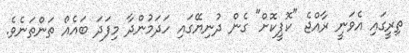
ތިރީގައި އެވަނީ ރާއްޖެ "ކޮޕީކޮށް" ގެން ދުނިޔޭގައި ހަދަމުންދާ މިފަދަ ބައެއް ތަންތަނެވެ.